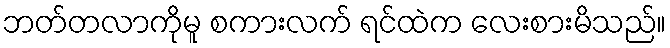
ဘတ်တလာကိုမူ စကားလက် ရင်ထဲက လေးစားမိသည်။